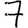
Digit: 7